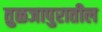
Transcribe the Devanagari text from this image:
तुळजापुरातील